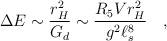
LaTeX: \begin{align*}\Delta E \sim {\frac{r_H^2}{G_d}} \sim {\frac{R_5V r_H^2}{g^2\ell_s^8}} \quad ,\end{align*}